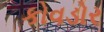
કોવડોર